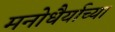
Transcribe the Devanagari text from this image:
मनोधैर्याच्या